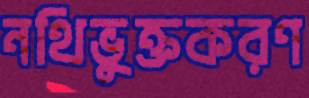
নথিভুক্তকরণ